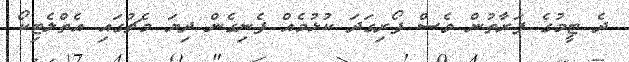
ދެ ޓީމުގެ ފަރާތުން ވެސް ފޯރިގަދަ ކުޅުމެއް ފެނިގެން ދިޔަ މެޗުގައި އެތްލެޓިކޯ